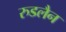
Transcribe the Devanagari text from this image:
रुडलैन